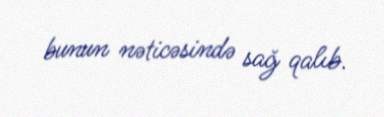
bunun nəticəsində sağ qalıb.